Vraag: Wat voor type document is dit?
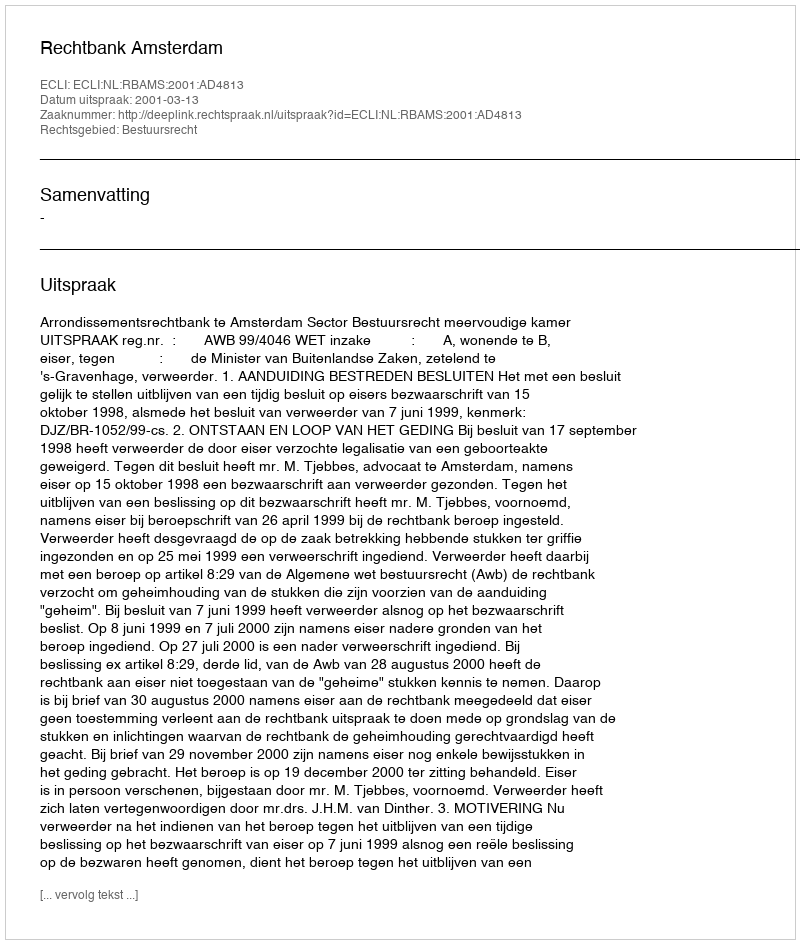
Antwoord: Uitspraak